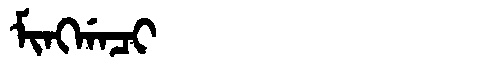
Manchu: ᠮᡳᠩᡤᠠᠴᡳ
Romanization: MINGGACI